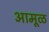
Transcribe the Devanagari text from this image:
आमूळ